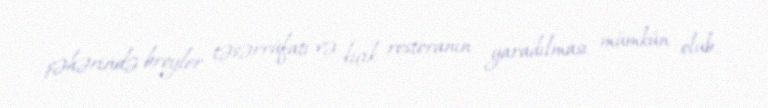
şəhərində broyler təsərrüfatı və kiçik restoranın yaradılması mümkün olub.